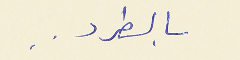
بالطرد . .